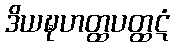
ဒိယဍ္ဎဟတ္ထပတ္ထဋံ